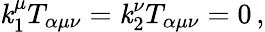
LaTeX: \mathit{k}_{1}^{\mu}T_{\alpha\mu\nu}=\mathit{k}_{2}^{\nu}T_{\alpha\mu\nu}=0\, ,